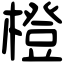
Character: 橙